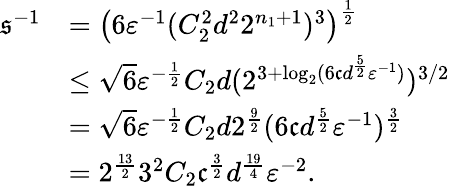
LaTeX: \begin{array}{rl}{\mathfrak{s}^{-1}}&{=\left(6{\varepsilon}^{-1}(C_{2}^{2}d^{2}2^{n_{1}+1})^{3}\right)^{\frac{1}{2}}}\\ &{\leq\sqrt{6}{\varepsilon}^{-\frac{1}{2}}C_{2}d(2^{3+\log_{2}(6\mathfrak{c}d^{\frac{5}{2}}{\varepsilon}^{-1})})^{3/2}}\\ &{=\sqrt{6}{\varepsilon}^{-\frac{1}{2}}C_{2}d2^{\frac{9}{2}}(6\mathfrak{c}d^{\frac{5}{2}}{\varepsilon}^{-1})^{\frac{3}{2}}}\\ &{=2^{\frac{13}{2}}3^{2}C_{2}\mathfrak{c}^{\frac{3}{2}}d^{\frac{19}{4}}{\varepsilon}^{-2}.}\end{array}